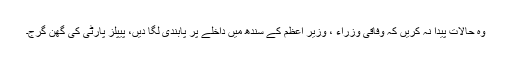
وہ حالات پیدا نہ کریں کہ وفاقی وزراء ، وزیر اعظم کے سندھ میں داخلے پر پابندی لگا دیں، پیپلز پارٹی کی گھن گرج۔